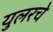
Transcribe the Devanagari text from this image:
युलरचे